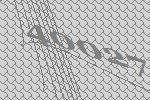
40027